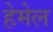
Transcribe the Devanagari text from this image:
हेमेल